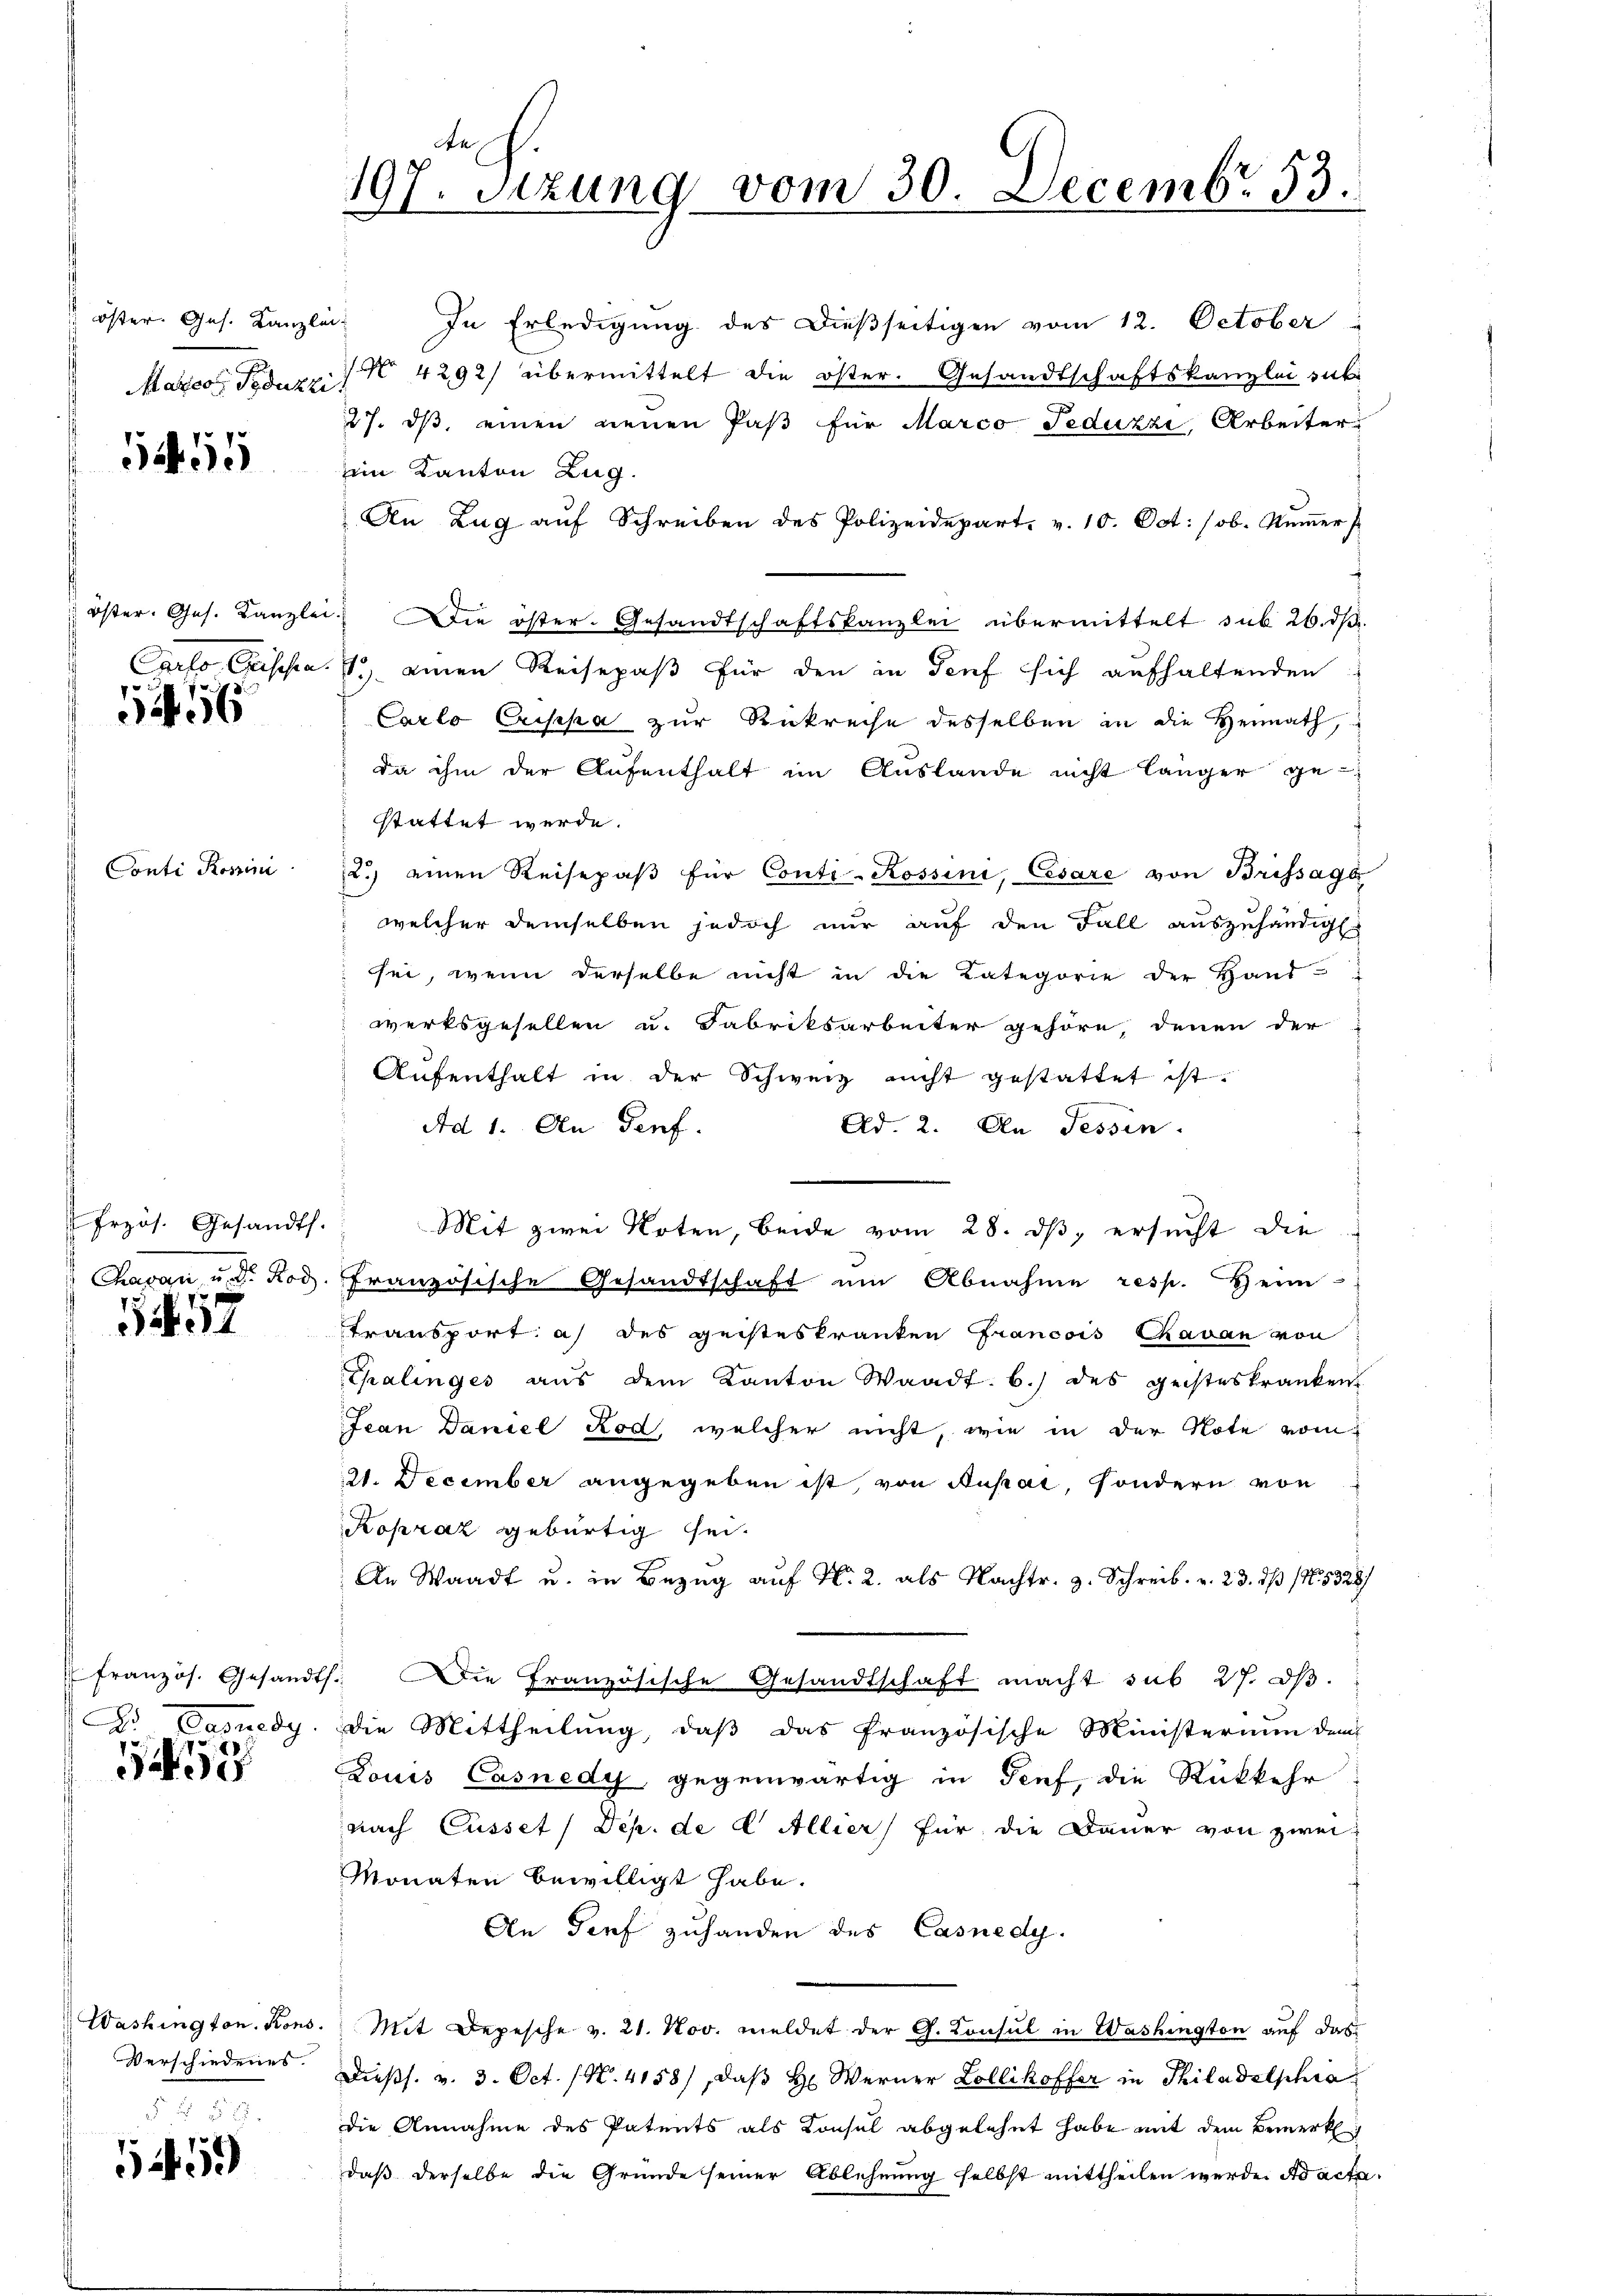
öster. Ges. Kanzlei
Aarico Poduzzi

5455

Öster. Ges. Kanzlei
Carlo, Crischen.

G

Conti Rossini

Przös. Gesandts.
Chagen, u. dr. Rod

57

französ. Gesandt
D. Dasuedg.

152

Washington. Kons.
Verschiedenes.

5 f 0 x
5459

An
197. Sitzung vom 30. Decemb. 53.

In Erledigung des dießseitigen vom 12. October
No. 4292) übermittelt die öster. Gesandtschaftskanzlei sub
27. ds, einen neuen Paß für Marco Feduzzi, Arbeiter
ein Kanton Zug.
An Zŭg aŭf Schreiben des Polizeidepart. v. 10. Oct. (ob. Nŭṁer
 Die öster. Gesandtschaftskanzlei übermittelt sub 26. dβ
1. einen Reisepaß für den in Teuf sich aufhaltenden
Carlo Criska zur Rükreise desselben in die Heimath,
da ihm der Aŭfenthalt im Auslande nicht länger ge-
stattet werde.
2.) einen Reisepaβ für Conti- Rossini, Cesare von Brissage
 welcher demselben jedoch nur auf den Fall auszuhändigt.
sei, wenn derselbe nicht in die Kategorie der Hand-
werksgesellen u. Fabriksarbeiter gehöre, denen der
Aŭfenthalt in der Schweiz nicht gestattet ist.
Ad 1. An Genf.
Ad. 2. An Tessin.
Mit zwei Noten, beide vom 28. ds, ersucht die
französische Gesandtschaft um Abnahme resp. Heim
transport: a) des geisteskranten Francois Chavan von
Thalinges aus dem Kanton Waadt. b.) des geisteskranken
Jean Daniel Rod, welcher nicht, wie in der Note vom
21. December angegeben ist, von Ausar sondern von
Kopzaz gebürtig sei.
An Waadt u. in Bezug auf fl. 2. als Nachtr. H. Schreib. v. 23. dß (N. 5328/
 Die Französische Gesandtschaft macht sub 27. d.
Die Mittheilung, daß das französische Ministerium dem
Louis Casnedy gegenwärtig in Teuf, die Rückkehr
nach Casset / Dep. de L Allier für die Dauer von zwei-
Monaten bewilligt habe.
An Torf zuhanden des Casnedy.
Mit Depesche v. 21. Nov. meldet der G. Consul in Washington auf das
Dieβs. v. 3. Oct. (N. 4158), daβ hr. Werner Zollikoffer in Philadelphia
die Annahme des Patents als Konsul abgelehnt habe mit dem Bemerkl
daß derselbe die Grunde seiner Ablehnung selbst mittheilen werde. ad acta.